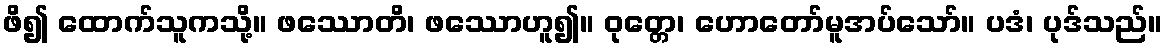
ဖိ၍ ထောက်သူကသို့။ ဖဿောတိ၊ ဖဿောဟူ၍။ ဝုတ္တေ၊ ဟောတော်မူအပ်သော်။ ပဒံ၊ ပုဒ်သည်။